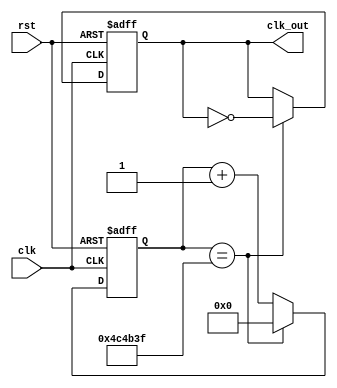
// program to produce a clock with a different frequency

// Credit to Digital Design 1 Lab at The American University in Cairo for the following code

module clockDivider #(parameter n = 5000000)(clk,rst,clk_out);
  input wire clk;
  input wire rst;
  output reg clk_out;

  reg [31:0] count;
  always @ (posedge clk, posedge rst) begin
    if (rst == 1'b1) // Asynchronous Reset
      count <= 32'b0;
    else if (count == n-1)
      count <= 32'b0;
    else
      count <= count + 1;
  end
  always @ (posedge clk, posedge rst) begin
    if (rst) // Asynchronous Reset
      clk_out <= 0;
    else if (count == n-1)
      clk_out <= ~ clk_out;
    end
endmodule